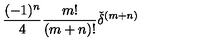
\frac { ( - 1 ) ^ { n } } { 4 } \frac { m ! } { ( m + n ) ! } { \check { \delta } } ^ { ( m + n ) }